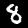
Label: 8